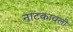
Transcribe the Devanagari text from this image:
नाटकावली